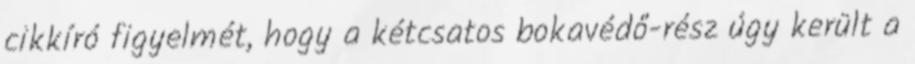
cikkíró figyelmét, hogy a kétcsatos bokavédő-rész úgy került a